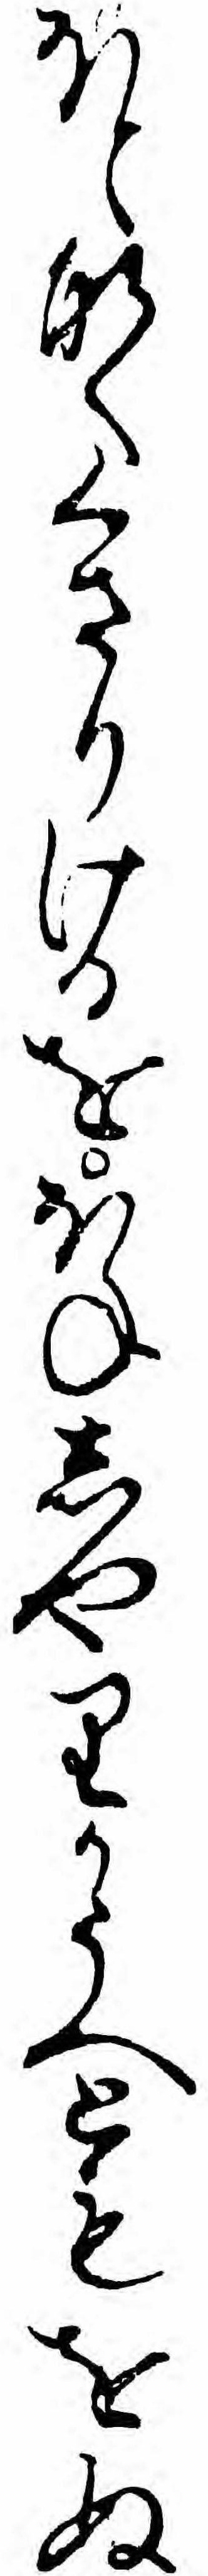
ほとなくくさりけるをほねしやりかうへともをぬ